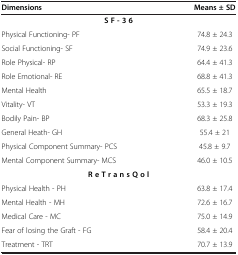
| Dimensions | Means ± SD |
 | --- | --- |
 | <COLSPAN=2> S F - 3 6 |
 | Physical Functioning- PF | 74.8 ± 24.3 |
 | Social Functioning- SF | 74.9 ± 23.6 |
 | Role Physical- RP | 64.4 ± 41.3 |
 | Role Emotional- RE | 68.8 ± 41.3 |
 | Mental Health | 65.5 ± 18.7 |
 | Vitality- VT | 53.3 ± 19.3 |
 | Bodily Pain- BP | 68.3 ± 25.8 |
 | General Heath- GH | 55.4 ± 21 |
 | Physical Component Summary- PCS | 45.8 ± 9.7 |
 | Mental Component Summary- MCS | 46.0 ± 10.5 |
 | <COLSPAN=2> R e T r a n s Q o l |
 | Physical Health - PH | 63.8 ± 17.4 |
 | Mental Health - MH | 72.6 ± 16.7 |
 | Medical Care - MC | 75.0 ± 14.9 |
 | Fear of losing the Graft - FG | 58.4 ± 20.4 |
 | Treatment - TRT | 70.7 ± 13.9 |